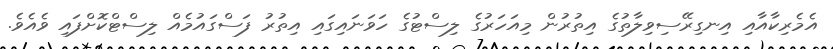
އެމެރިކާއާއި އިނގިރޭސިވިލާތުގެ އިތުރުން މިއަހަރުގެ ލިސްޓުގެ ހަވަނައިގައި އިތުރު ފަސްގައުމެއް ލިސްޓްކޮށްފައި ވެއެވެ.